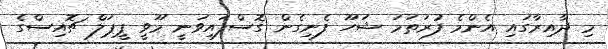
މި ދާއިރާގައި އެންމެ ފުރަތަމަ ޝަހޫ ފެނިގެން ގޮސްފައިވަނީ މޫވީ ޕީޕަލް ޗޮއިސްގެ